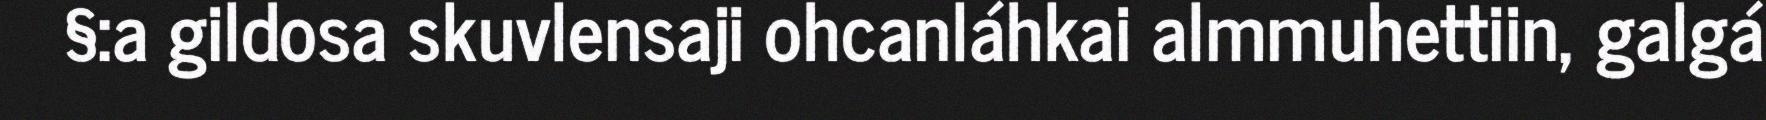
§:a gildosa skuvlensaji ohcanláhkai almmuhettiin, galgá